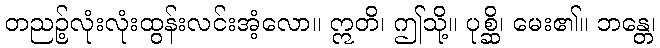
တညဉ့်လုံးလုံးထွန်းလင်းအံ့လော။ ဣတိ၊ ဤသို့။ ပုစ္ဆိ၊ မေး၏။ ဘန္တေ၊